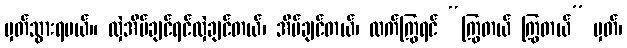
မှတ်သွားရမယ်။ လှဲအိပ်ချင်ရင်လှဲချင်တယ်၊ အိပ်ချင်တယ်၊ လက်ကြွရင် “ကြွတယ် ကြွတယ်” မှတ်၊